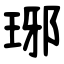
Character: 琊